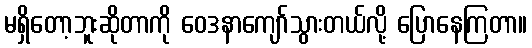
မရှိတော့ဘူးဆိုတာကို ဝေဒနာကျော်သွားတယ်လို့ ပြောနေကြတာ။